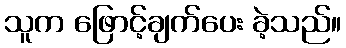
သူက ဖြောင့်ချက်ပေး ခဲ့သည်။